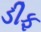
ડીફ